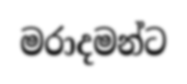
මරාදමන්ට